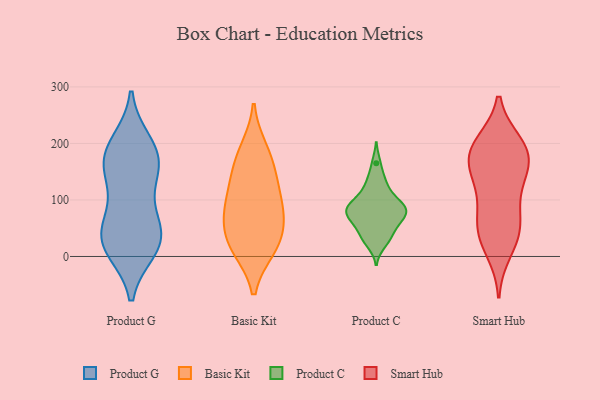
{"axis": {"x": "Energy Usage (MWh)", "y": "Value"}, "legend": ["Basic Kit", "Product C", "Product G", "Smart Hub"], "data": [{"x": "", "y": 185, "type": "Product G"}, {"x": "", "y": 143, "type": "Product G"}, {"x": "", "y": 93, "type": "Product G"}, {"x": "", "y": 200, "type": "Product G"}, {"x": "", "y": 151, "type": "Product G"}, {"x": "", "y": 29, "type": "Product G"}, {"x": "", "y": 14, "type": "Product G"}, {"x": "", "y": 178, "type": "Product G"}, {"x": "", "y": 47, "type": "Product G"}, {"x": "", "y": 42, "type": "Product G"}, {"x": "", "y": 36, "type": "Product G"}, {"x": "", "y": 171, "type": "Product G"}, {"x": "", "y": 15, "type": "Product G"}, {"x": "", "y": 14, "type": "Basic Kit"}, {"x": "", "y": 24, "type": "Basic Kit"}, {"x": "", "y": 72, "type": "Basic Kit"}, {"x": "", "y": 93, "type": "Basic Kit"}, {"x": "", "y": 82, "type": "Basic Kit"}, {"x": "", "y": 173, "type": "Basic Kit"}, {"x": "", "y": 140, "type": "Basic Kit"}, {"x": "", "y": 15, "type": "Basic Kit"}, {"x": "", "y": 54, "type": "Basic Kit"}, {"x": "", "y": 127, "type": "Basic Kit"}, {"x": "", "y": 189, "type": "Basic Kit"}, {"x": "", "y": 86, "type": "Product C"}, {"x": "", "y": 87, "type": "Product C"}, {"x": "", "y": 104, "type": "Product C"}, {"x": "", "y": 45, "type": "Product C"}, {"x": "", "y": 85, "type": "Product C"}, {"x": "", "y": 32, "type": "Product C"}, {"x": "", "y": 92, "type": "Product C"}, {"x": "", "y": 109, "type": "Product C"}, {"x": "", "y": 132, "type": "Product C"}, {"x": "", "y": 33, "type": "Product C"}, {"x": "", "y": 63, "type": "Product C"}, {"x": "", "y": 70, "type": "Product C"}, {"x": "", "y": 133, "type": "Product C"}, {"x": "", "y": 81, "type": "Product C"}, {"x": "", "y": 57, "type": "Product C"}, {"x": "", "y": 71, "type": "Product C"}, {"x": "", "y": 165, "type": "Product C"}, {"x": "", "y": 78, "type": "Product C"}, {"x": "", "y": 22, "type": "Product C"}, {"x": "", "y": 83, "type": "Smart Hub"}, {"x": "", "y": 39, "type": "Smart Hub"}, {"x": "", "y": 10, "type": "Smart Hub"}, {"x": "", "y": 137, "type": "Smart Hub"}, {"x": "", "y": 177, "type": "Smart Hub"}, {"x": "", "y": 128, "type": "Smart Hub"}, {"x": "", "y": 200, "type": "Smart Hub"}, {"x": "", "y": 199, "type": "Smart Hub"}, {"x": "", "y": 151, "type": "Smart Hub"}, {"x": "", "y": 175, "type": "Smart Hub"}, {"x": "", "y": 44, "type": "Smart Hub"}, {"x": "", "y": 173, "type": "Smart Hub"}, {"x": "", "y": 195, "type": "Smart Hub"}, {"x": "", "y": 42, "type": "Smart Hub"}, {"x": "", "y": 74, "type": "Smart Hub"}]}